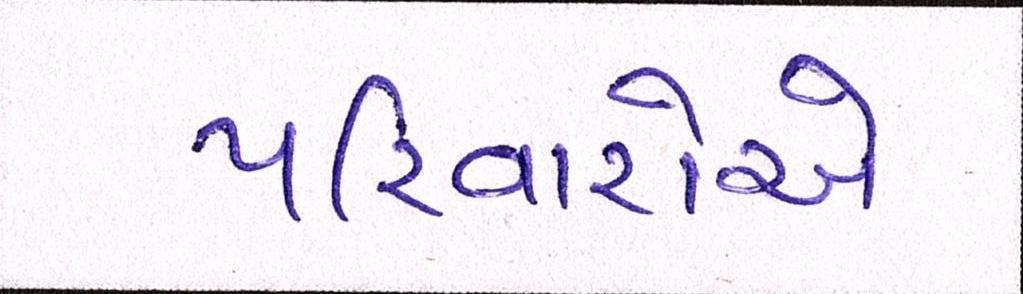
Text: પરિવારોએ